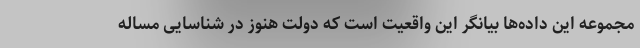
مجموعه این داده‌ها بیانگر این واقعیت است که دولت هنوز در شناسایی مساله